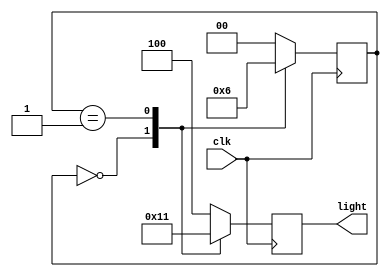
`timescale 1ns / 1ps

module cyclic_lamp(
    input clk,
    output reg [0:2] light
    );
    
    parameter S0 = 2'b00,
              S1 = 2'b01,
              S2 = 2'b10;
    
    parameter RED    = 3'b100,
              GREEN  = 3'b010,
              YELLOW = 3'b001;
              
   reg [0:1] state;
   always @(posedge clk)
    case(state)
        S0: begin               //S0 means RED
            light <= GREEN;
            state <= S1;
            end
        
        S1: begin               //S1 means GREEN
            light <= YELLOW;
            state <= S2;
            end
                        
        S2: begin               //S2 means YELLOW
            light <= RED;
            state <= S0;
            end
            
        default  : begin
                    light <= RED;
                    state <= S0;
                   end
        endcase 
endmodule